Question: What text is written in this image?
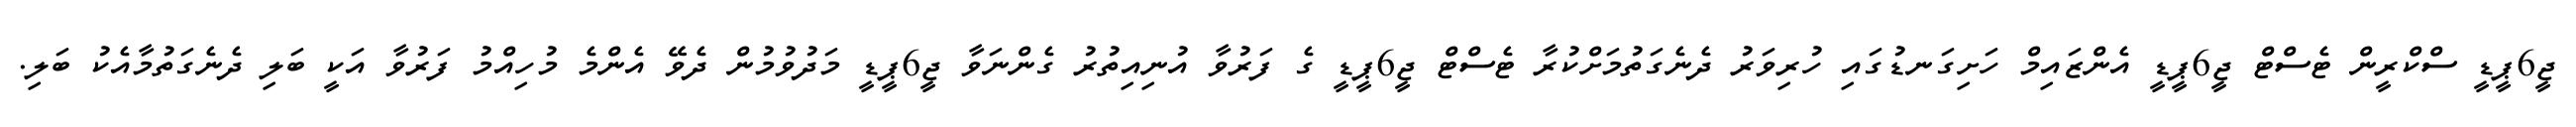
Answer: ޖީ6ޕީޑީ ސްކްރީން ޓެސްޓް ޖީ6ޕީޑީ އެންޒައިމް ހަށިގަނޑުގައި ހުރިވަރު ދެނެގަތުމަށްކުރާ ޓެސްޓް ޖީ6ޕީޑީ ގެ ފަރުވާ އުނިއިތުރު ގެންނަވާ ޖީ6ޕީޑީ މަދުވުމުން ދެވޭ އެންމެ މުހިއްމު ފަރުވާ އަކީ ބަލި ދެނެގަތުމާއެކު ބަލި.